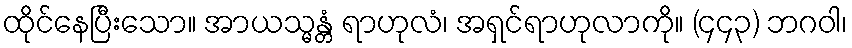
ထိုင်နေပြီးသော။ အာယသ္မန္တံ ရာဟုလံ၊ အရှင်ရာဟုလာကို။ (၄၄၃) ဘဂဝါ၊